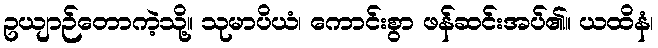
ဥယျာဉ်တောကဲ့သို့။ သုမာပိယံ၊ ကောင်းစွာ ဖန်ဆင်းအပ်၏။ ယထိနံ၊